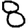
Digit: 8